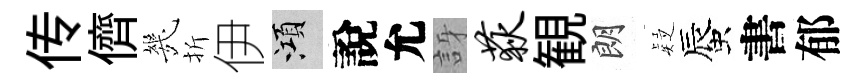
传儕㡬折伊澒說允訝荻観朗疑蜃書郁